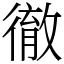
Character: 徹